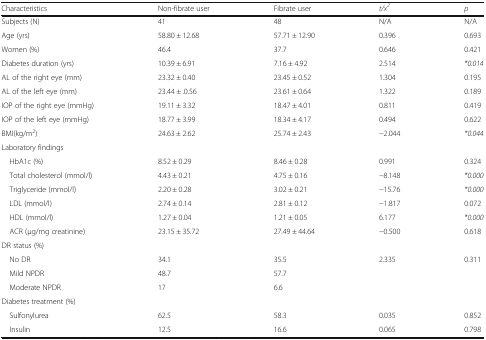
<table><thead><tr><td><b>Characteristics</b></td><td><b>Non-fibrate user</b></td><td><b>Fibrate user</b></td><td><b><i>t/x</i><sup><i>2</i></sup></b></td><td><b><i>p</i></b></td></tr></thead><tbody><tr><td>Subjects (N)</td><td>41</td><td>48</td><td>N/A</td><td>N/A</td></tr><tr><td>Age (yrs)</td><td>58.80 ± 12.68</td><td>57.71 ± 12.90</td><td>0.396</td><td>0.693</td></tr><tr><td>Women (%)</td><td>46.4</td><td>37.7</td><td>0.646</td><td>0.421</td></tr><tr><td>Diabetes duration (yrs)</td><td>10.39 ± 6.91</td><td>7.16 ± 4.92</td><td>2.514</td><td><i>*0.014</i></td></tr><tr><td>AL of the right eye (mm)</td><td>23.32 ± 0.40</td><td>23.45 ± 0.52</td><td>1.304</td><td>0.195</td></tr><tr><td>AL of the left eye (mm)</td><td>23.44 ± .0.56</td><td>23.61 ± 0.64</td><td>1.322</td><td>0.189</td></tr><tr><td>IOP of the right eye (mmHg)</td><td>19.11 ± 3.32</td><td>18.47 ± 4.01</td><td>0.811</td><td>0.419</td></tr><tr><td>IOP of the left eye (mmHg)</td><td>18.77 ± 3.99</td><td>18.34 ± 4.17</td><td>0.494</td><td>0.622</td></tr><tr><td>BMI(kg/m<sup>2</sup>)</td><td>24.63 ± 2.62</td><td>25.74 ± 2.43</td><td>−2.044</td><td><i>*0.044</i></td></tr><tr><td colspan="5">Laboratory findings</td></tr><tr><td> HbA1c (%)</td><td>8.52 ± 0.29</td><td>8.46 ± 0.28</td><td>0.991</td><td>0.324</td></tr><tr><td> Total cholesterol (mmol/l)</td><td>4.43 ± 0.21</td><td>4.75 ± 0.16</td><td>−8.148</td><td><i>*0.000</i></td></tr><tr><td> Triglyceride (mmol/l)</td><td>2.20 ± 0.28</td><td>3.02 ± 0.21</td><td>−15.76</td><td><i>*0.000</i></td></tr><tr><td> LDL (mmol/l)</td><td>2.74 ± 0.14</td><td>2.81 ± 0.12</td><td>−1.817</td><td>0.072</td></tr><tr><td> HDL (mmol/l)</td><td>1.27 ± 0.04</td><td>1.21 ± 0.05</td><td>6.177</td><td><i>*0.000</i></td></tr><tr><td> ACR (μg/mg creatinine)</td><td>23.15 ± 35.72</td><td>27.49 ± 44.64</td><td>−0.500</td><td>0.618</td></tr><tr><td colspan="5">DR status (%)</td></tr><tr><td> No DR</td><td>34.1</td><td>35.5</td><td rowspan="3">2.335</td><td rowspan="3">0.311</td></tr><tr><td> Mild NPDR</td><td>48.7</td><td>57.7</td></tr><tr><td> Moderate NPDR</td><td>17</td><td>6.6</td></tr><tr><td colspan="5">Diabetes treatment (%)</td></tr><tr><td> Sulfonylurea</td><td>62.5</td><td>58.3</td><td>0.035</td><td>0.852</td></tr><tr><td> Insulin</td><td>12.5</td><td>16.6</td><td>0.065</td><td>0.798</td></tr></tbody></table>